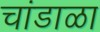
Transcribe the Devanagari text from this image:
चांडाळा